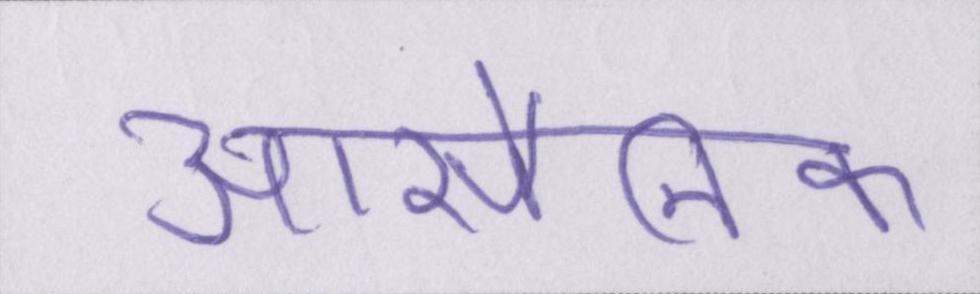
आर्सेनिक